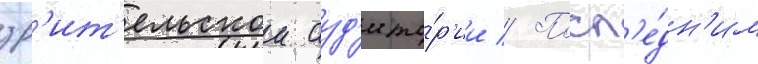
зр'ит'ельскои ауд'ито́р'ии // Посл'е́дн'им